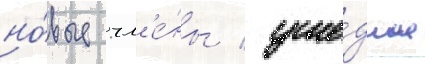
но́вые чл'е́ны / уше́дшие